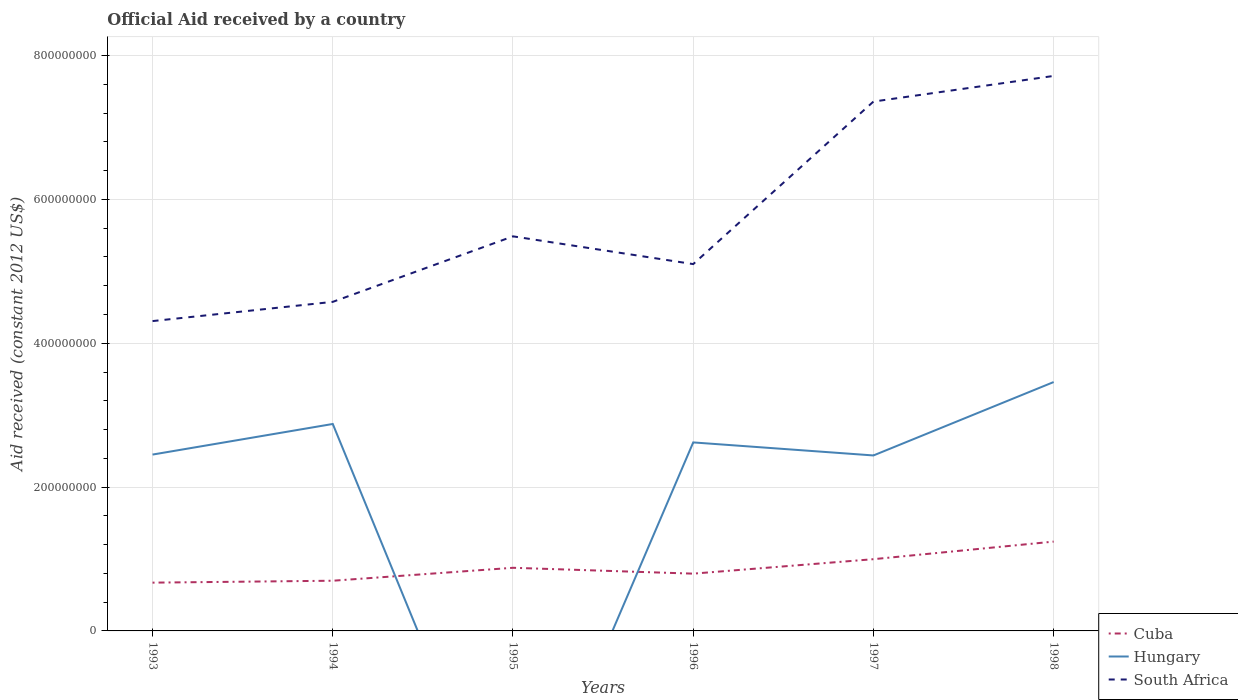
| Years | Cuba | Hungary | South Africa |
 | --- | --- | --- | --- |
 | 1993 | 6.71e+07 | 2.45e+08 | 4.31e+08 |
 | 1994 | 6.98e+07 | 2.88e+08 | 4.58e+08 |
 | 1995 | 8.78e+07 | -3.23e+08 | 5.49e+08 |
 | 1996 | 7.96e+07 | 2.62e+08 | 5.1e+08 |
 | 1997 | 9.98e+07 | 2.44e+08 | 7.36e+08 |
 | 1998 | 1.24e+08 | 3.46e+08 | 7.72e+08 |